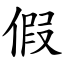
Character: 假